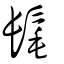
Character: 髦